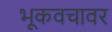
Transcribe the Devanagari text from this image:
भूकवचावर